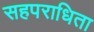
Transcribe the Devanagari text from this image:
सहपराधिता